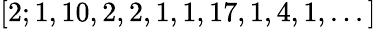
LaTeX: [2;1,10,2,2,1,1,17,1,4,1,...]